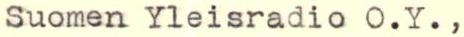
Suomen Yleisradio O.Y.,